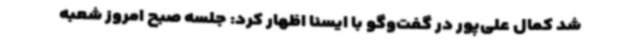
شد کمال علی‌پور در گفت‌وگو با ایسنا اظهار کرد: جلسه صبح امروز شعبه